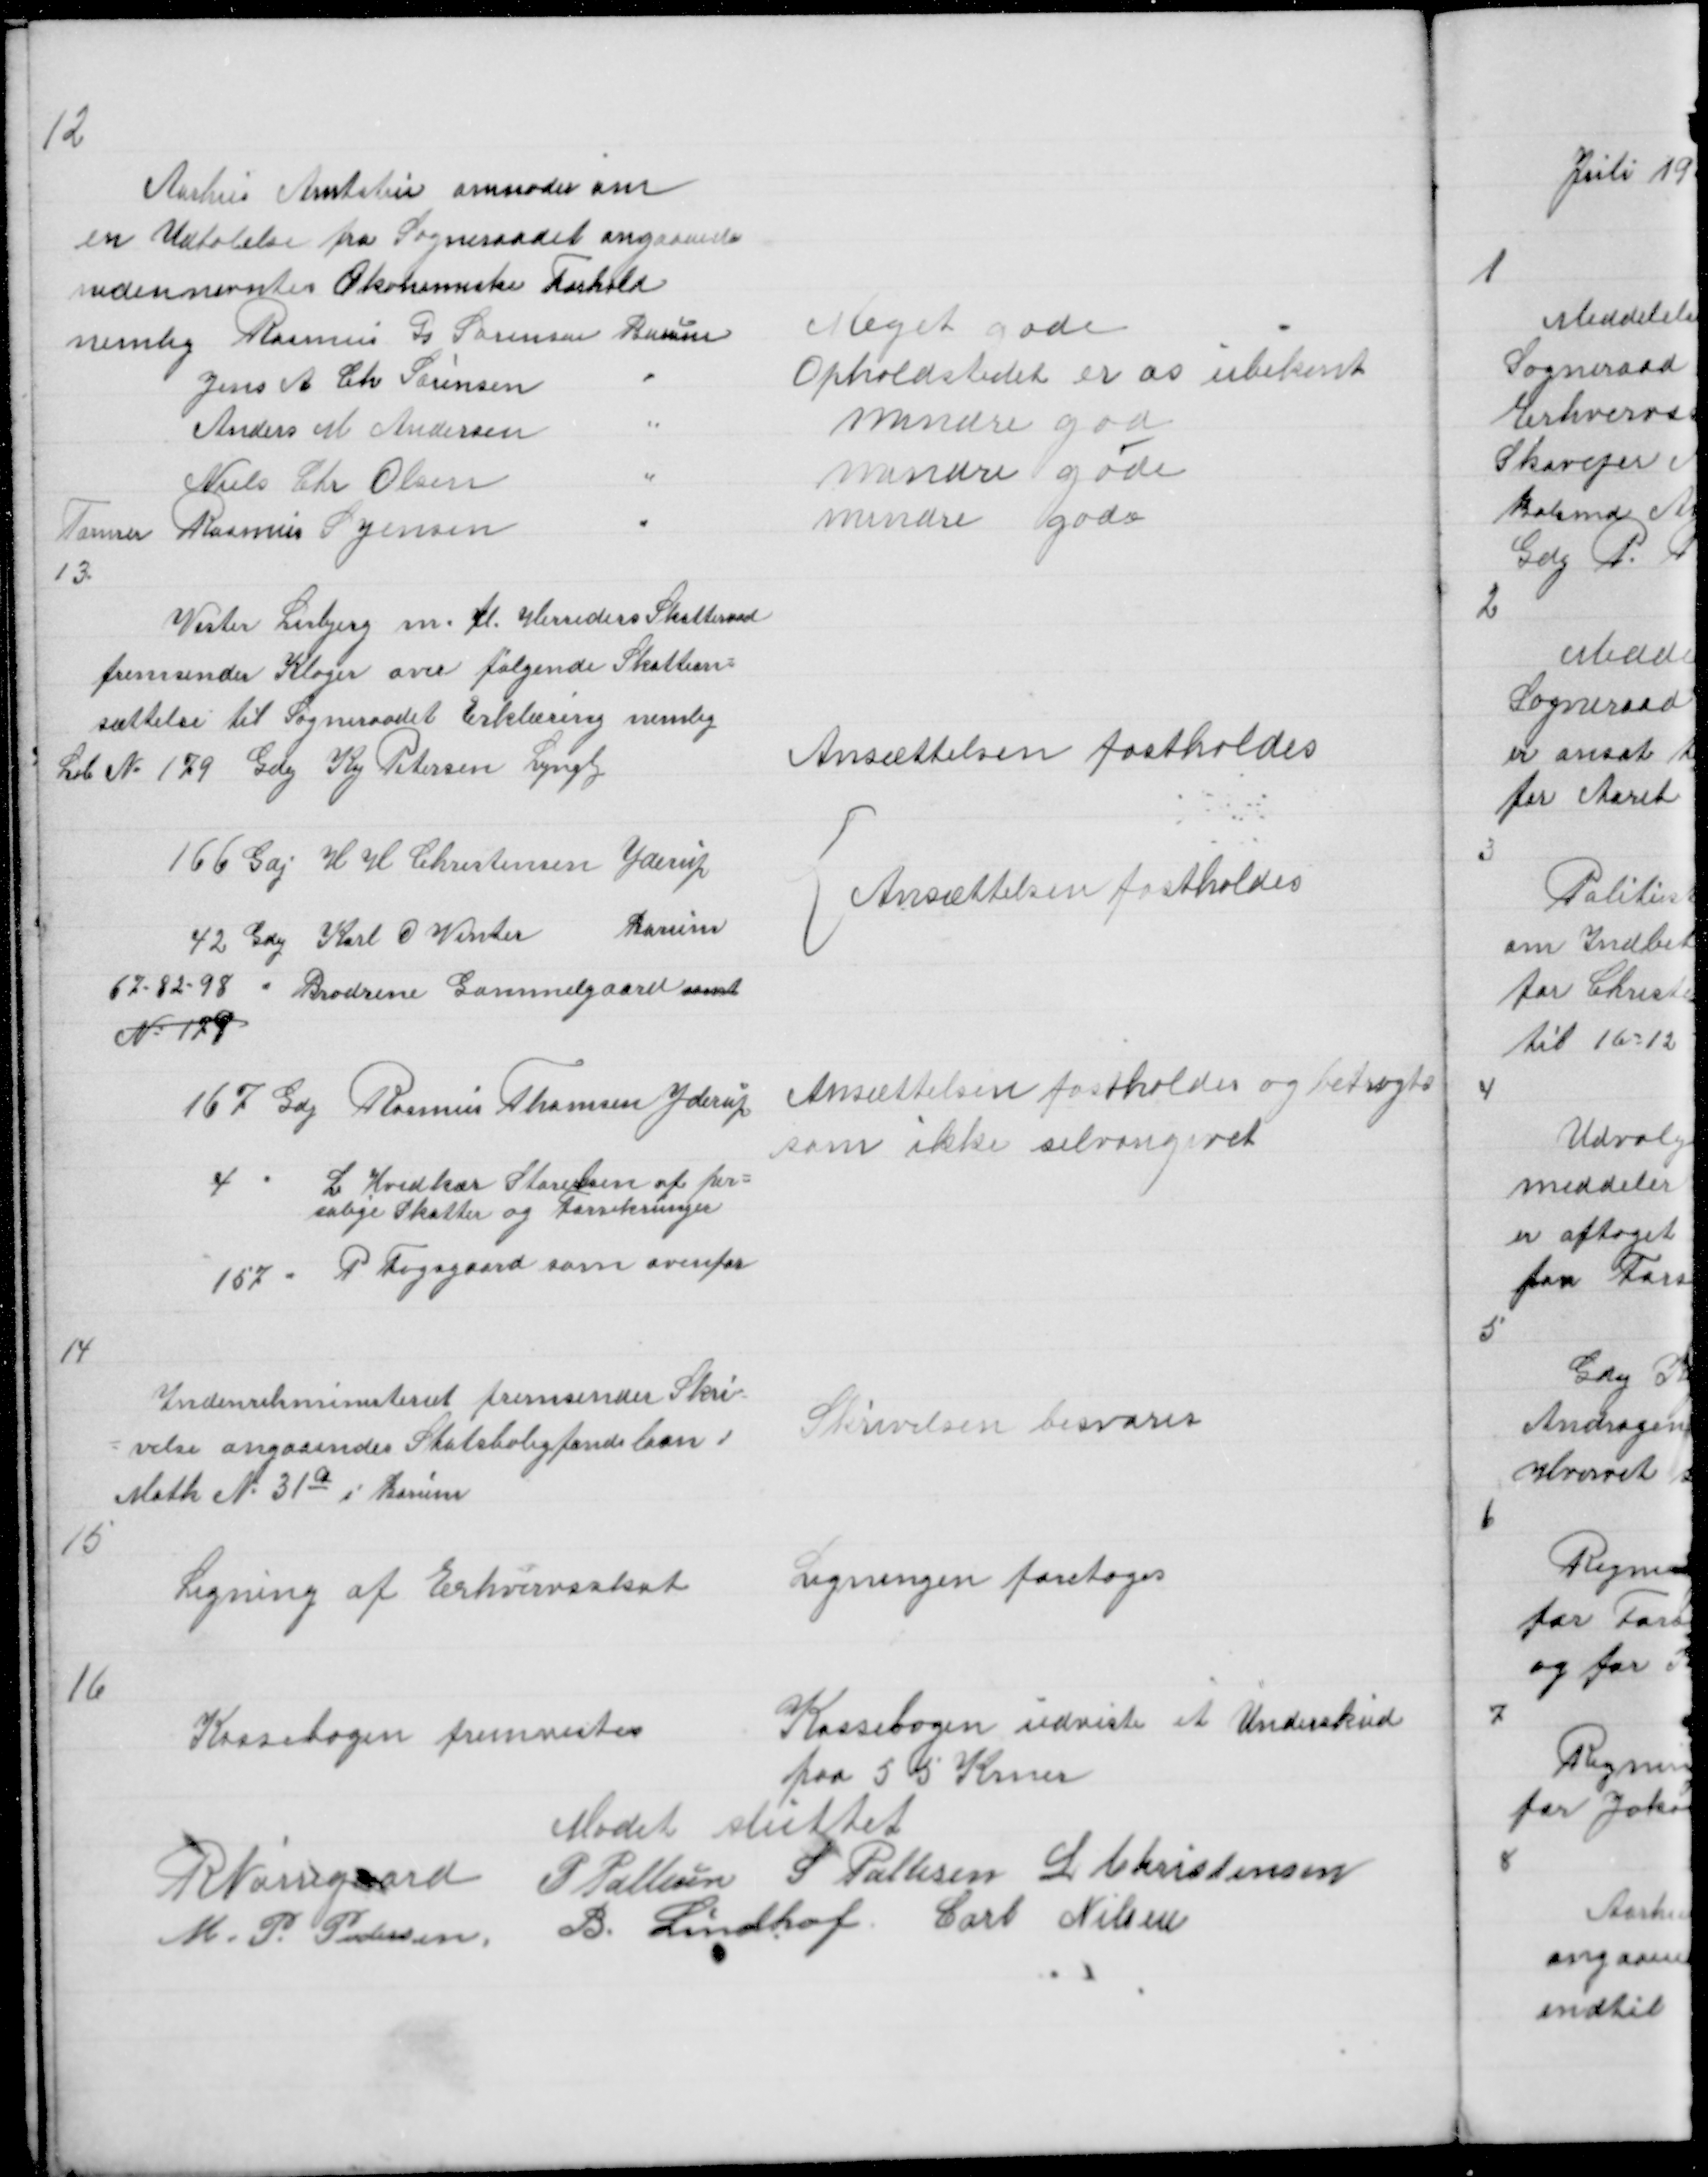
Transskription:
12
Aarhus Amtstue anmoder om
en Udtalelse fra Sogneraadet angaaende
nedennevntes Økonomiske Forhold
nemlig Rasmus  Sørensen Borum
Jens A Ch Sørensen
"
Anders M Andersen
"
Niels Chr Olsen
"
Tømrer Rasmus S Jensen
"
13

Meget gode
Opholdstedet er os ubekent
mindre god
mindre gode
mindre gode

Vester Lisbjerg m fl Herreders Skatteraad
fremsender Klager over følgende Skattean =
sættelse til Sogneraadet Erklæring nemlig
L No 179 Gdej Kaj Petersen Lyngby
 166 Gdj H H Christensen Yderup
42 Gdej Karl O Vinter
Borum
67 - 82 - 98 " Brødrene Gammelgaard samt
No 179
167 Gdj Rasmus Thomsen Yderup
4 " L Hvidkær Storelsen af per =
solige Skatter og Forsikringer
157 " P Fogsgaard som ovenfor

Ansættelsen fastholdes

{ Ansættelsen fastholdes

Ansættelsen fastholdes og betragtes
som ikke selvangivet

14

Indenrikministeriet fremsender Skriv =
= velse angaaendes Statsboligfondslaan i
Matk No 31a i Borum

Skrivelsen besvares

15

Ligning af Erhvervsskat

Ligningen foretoges

16

Kassebogen fremvistes
Kassebogen udviste et Underskud
paa 55 Krner
Mødet sluttet
R Nørregaard P Pallesen S Pallesen L Christensen
M P Pedersen B. Lindhof Carl Nielsen